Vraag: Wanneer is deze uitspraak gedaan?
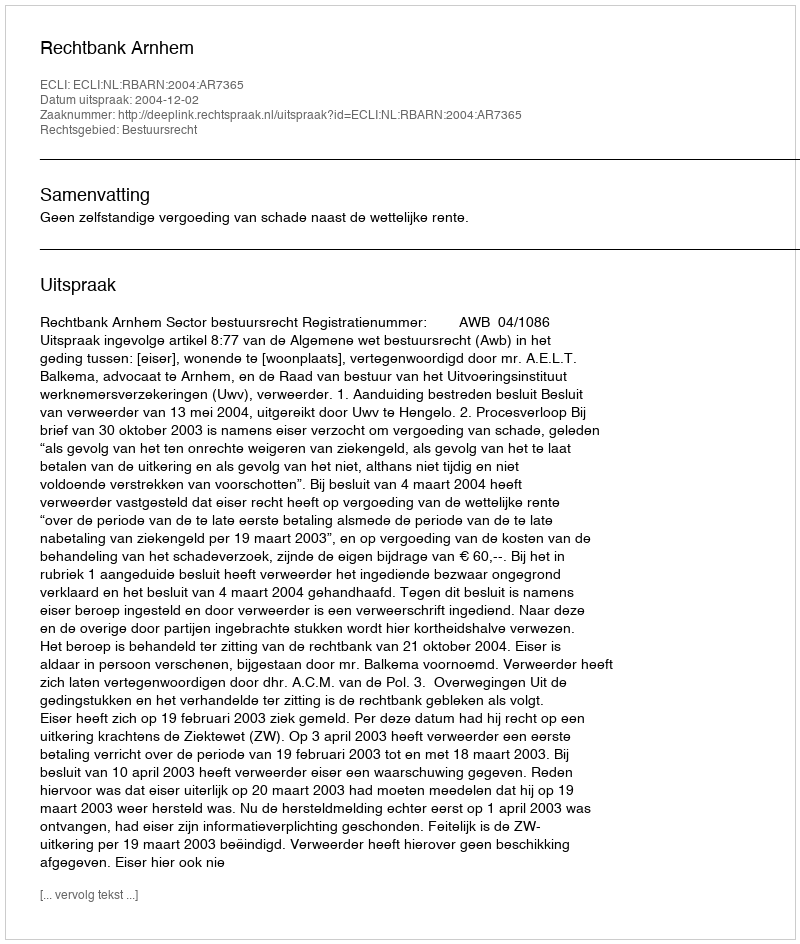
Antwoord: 2004-12-02